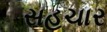
સહચાર